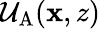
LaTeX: \mathcal{U}_{\mathrm{A}}(\mathbf{x},z)